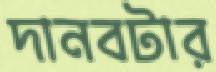
দানবটার